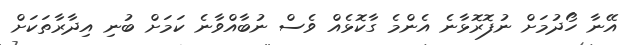
އޭނާ ހޯދުމަށް ނުފޮރޮޅާނެ އެންމެ ގާކޮޅެއް ވެސް ނުބާއްވާނެ ކަމަށް ބުނި އިދާރާތަކަށް